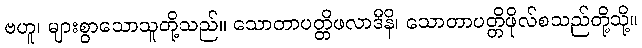
ဗဟူ၊ များစွာသောသူတို့သည်။ သောတာပတ္တိဖလာဒီနိ၊ သောတာပတ္တိဖိုလ်စသည်တို့သို့။